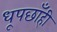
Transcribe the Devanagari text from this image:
धूपछाँही